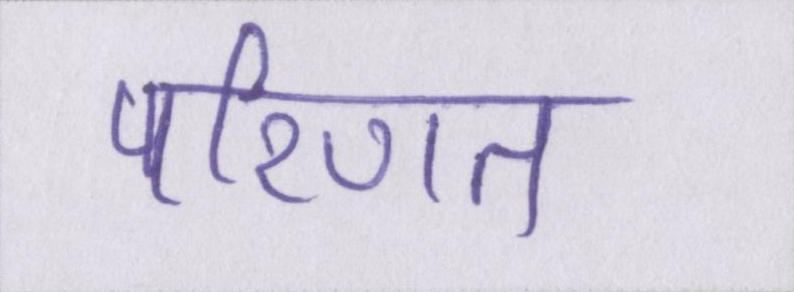
परिणत